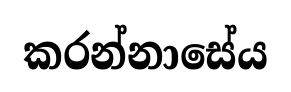
කරන්නාසේය